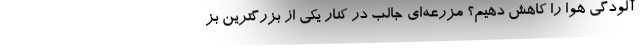
آلودگی هوا را کاهش دهیم؟ مزرعه‌ای جالب در کنار یکی از بزرگترین بز